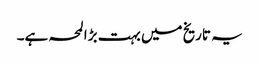
یہ تاریخ میں بہت بڑا لمحہ ہے۔